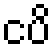
ငပိ